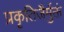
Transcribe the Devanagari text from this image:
प्रकृतिजैर्मुक्तं